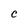
Character: C